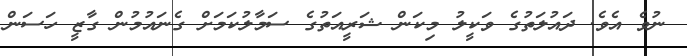
ނުވެ އެވެ. ދައުލަތުގެ ވަކީލު މިކަން ޝަރީއަތުގެ ސަމާލުކަމަށް ގެނައުމުން ގާޒީ ހަސަން